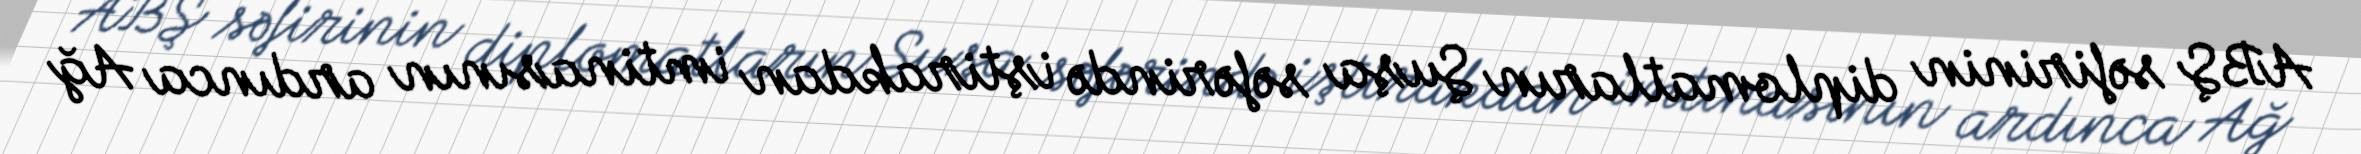
ABŞ səfirinin diplomatların Şuşa səfərində iştirakdan imtinasının ardınca Ağ